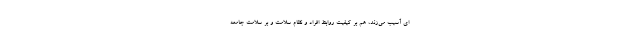
ای آسیب می‌زند، هم بر کیفیت روابط افراد و نظام سلامت و بر سلامت جامعه